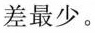
差最少。